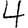
Digit: 4